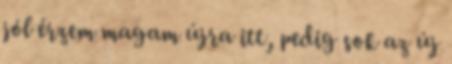
jól érzem magam újra itt, pedig sok az új